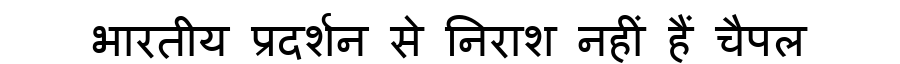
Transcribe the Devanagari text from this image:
भारतीय प्रदर्शन से निराश नहीं हैं चैपल